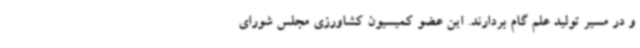
و در مسیر تولید علم گام بردارند. این عضو کمیسیون کشاورزی مجلس شورای